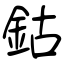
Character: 鈷